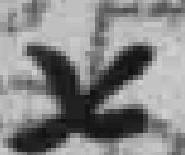
七